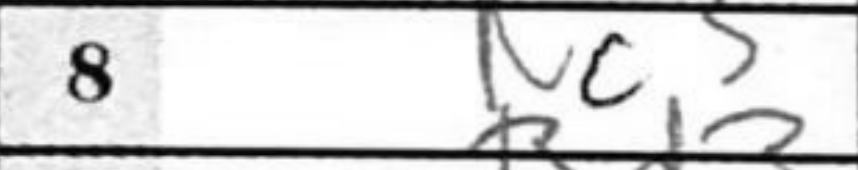
Transcription: Nc3